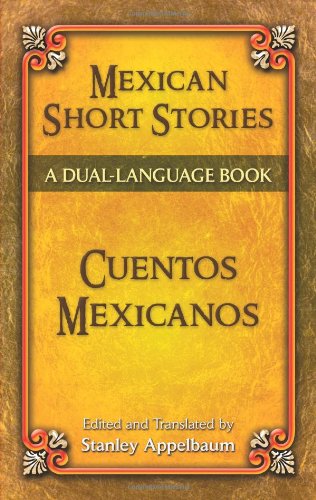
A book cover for Mexican Short Stories / Cuentos mexicanos: A Dual-Language Book (Dover Dual Language Spanish); Literature & Fiction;